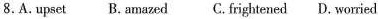
8.A.upset B. amazed C. frightened D. worried